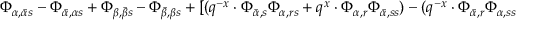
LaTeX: \Phi _ { \alpha , \bar { \alpha } s } - \Phi _ { \bar { \alpha } , \alpha s } + \Phi _ { \beta , \bar { \beta } s } - \Phi _ { \bar { \beta } , \beta s } + [ ( q ^ { - x } \cdot \Phi _ { \bar { \alpha } , s } \Phi _ { \alpha , r s } + q ^ { x } \cdot \Phi _ { \alpha , r } \Phi _ { \bar { \alpha } , s s } ) - ( q ^ { - x } \cdot \Phi _ { \bar { \alpha } , r } \Phi _ { \alpha , s s }